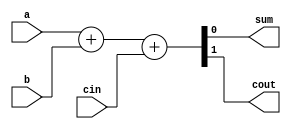
module T12_full_adder_with_always (
    input a, b, cin,
    output reg sum, cout);

    always @(a or b or cin) begin
        {cout, sum} = a + b + cin;
    end    
endmodule

module T12_Tb_full_adder_with_always;

    reg a, b, c, cin;
    wire sum, cout;

    integer i;

    T12_full_adder_with_always Tb(.a(a), .b(b), .cin(cin), .sum(sum), .cout(cout));

    initial begin

        {a, b, c, cin} <= 0;

        $monitor("a :%0b b :%0b c :%0b cin :%0b sum :%0b cout :%0b", a, b, c, cin, sum, cout);
                    
        for (i = 0; i < 16; i = i + 1) begin
            {a, b, cin} = i;
            #10;
        end
    end    
endmodule